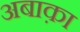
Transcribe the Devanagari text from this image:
अबाक़ा